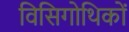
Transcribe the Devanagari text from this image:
विसिगोथिकों